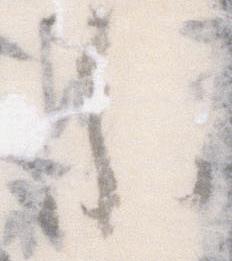
参